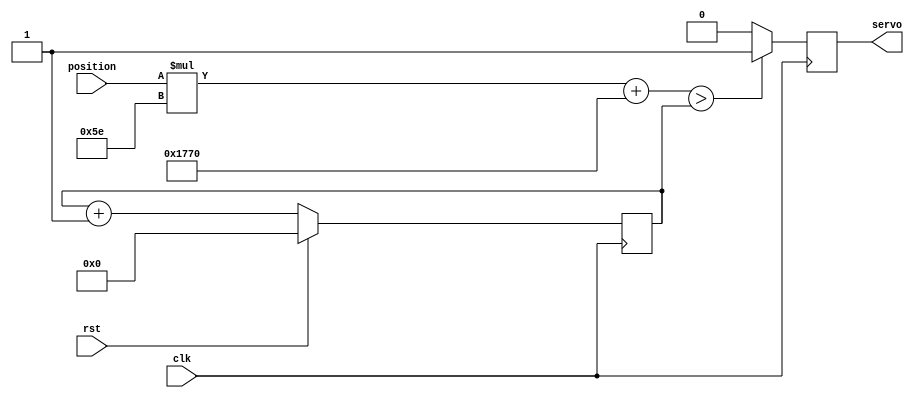
//
// palallax motor possible : dip[7] direction change key 
//
module servo_controller (
  input clk,
  input rst,
  input [7:0] position,
  output servo
  );
	
  reg pwm_q, pwm_d;
  reg [17:0] ctr_q, ctr_d;
  assign servo = pwm_q;
  //position (0-255) maps to 6,000-30,000 (which corresponds to 0.5ms-2.5ms @ 12MHz)
  //this is approximately (position+165)<<8
  //The servo output is set by comparing the position input with the value of the counter (ctr_q)
  always @(*) begin
    ctr_d = ctr_q + 1'b1;

    if ((position * 94 + 15'd6000) > ctr_q) begin  //position 0 : -90deg (6000) position hff : 90deg (30,000) position h7f: 0deg (18,000) 
      pwm_d = 1'b1;
    end else begin
      pwm_d = 1'b0;
    end
//    if (position == 8'h00) begin
//       if ( 9'd250 > ctr_q[17:7]) 
//         pwm_d = 1'b1;
//       else 
//         pwm_d = 1'b0;
//    end
  end
	
  always @(posedge clk) begin
    if (rst) begin
      ctr_q <= 1'b0;
    end else begin
      ctr_q <= ctr_d;
    end
    pwm_q <= pwm_d;
  end
endmodule